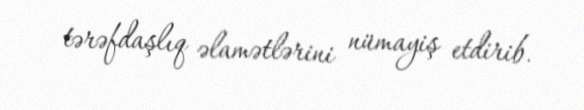
tərəfdaşlıq əlamətlərini nümayiş etdirib.